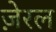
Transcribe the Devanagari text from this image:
ज़ेरल